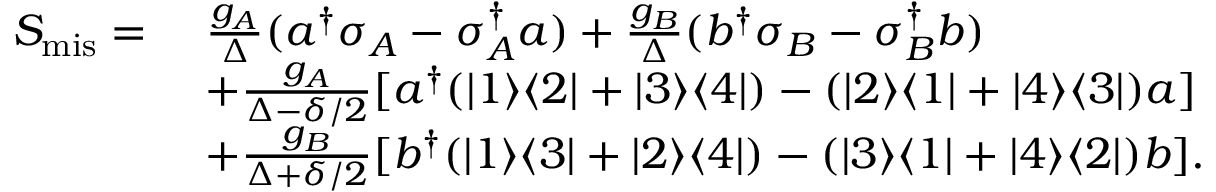
\begin{array} { r l } { S _ { \mathrm { m i s } } = } & { ~ \frac { g _ { A } } { \Delta } ( a ^ { \dagger } \sigma _ { A } - \sigma _ { A } ^ { \dagger } a ) + \frac { g _ { B } } { \Delta } ( b ^ { \dagger } \sigma _ { B } - \sigma _ { B } ^ { \dagger } b ) } \\ & { ~ + \frac { g _ { A } } { \Delta - \delta / 2 } [ a ^ { \dagger } ( | 1 \rangle \langle 2 | + | 3 \rangle \langle 4 | ) - ( | 2 \rangle \langle 1 | + | 4 \rangle \langle 3 | ) a ] } \\ & { ~ + \frac { g _ { B } } { \Delta + \delta / 2 } [ b ^ { \dagger } ( | 1 \rangle \langle 3 | + | 2 \rangle \langle 4 | ) - ( | 3 \rangle \langle 1 | + | 4 \rangle \langle 2 | ) b ] . } \end{array}